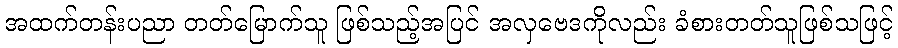
အထက်တန်းပညာ တတ်မြောက်သူ ဖြစ်သည့်အပြင် အလှဗေဒကိုလည်း ခံစားတတ်သူဖြစ်သဖြင့်